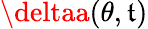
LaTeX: \deltaa(\theta,\mathfrak{t})